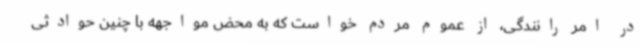
در امر رانندگی، از عموم مردم خواست که به محض مواجهه با چنین حوادثی